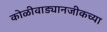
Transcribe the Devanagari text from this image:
कोळीवाड्यानजीकच्या